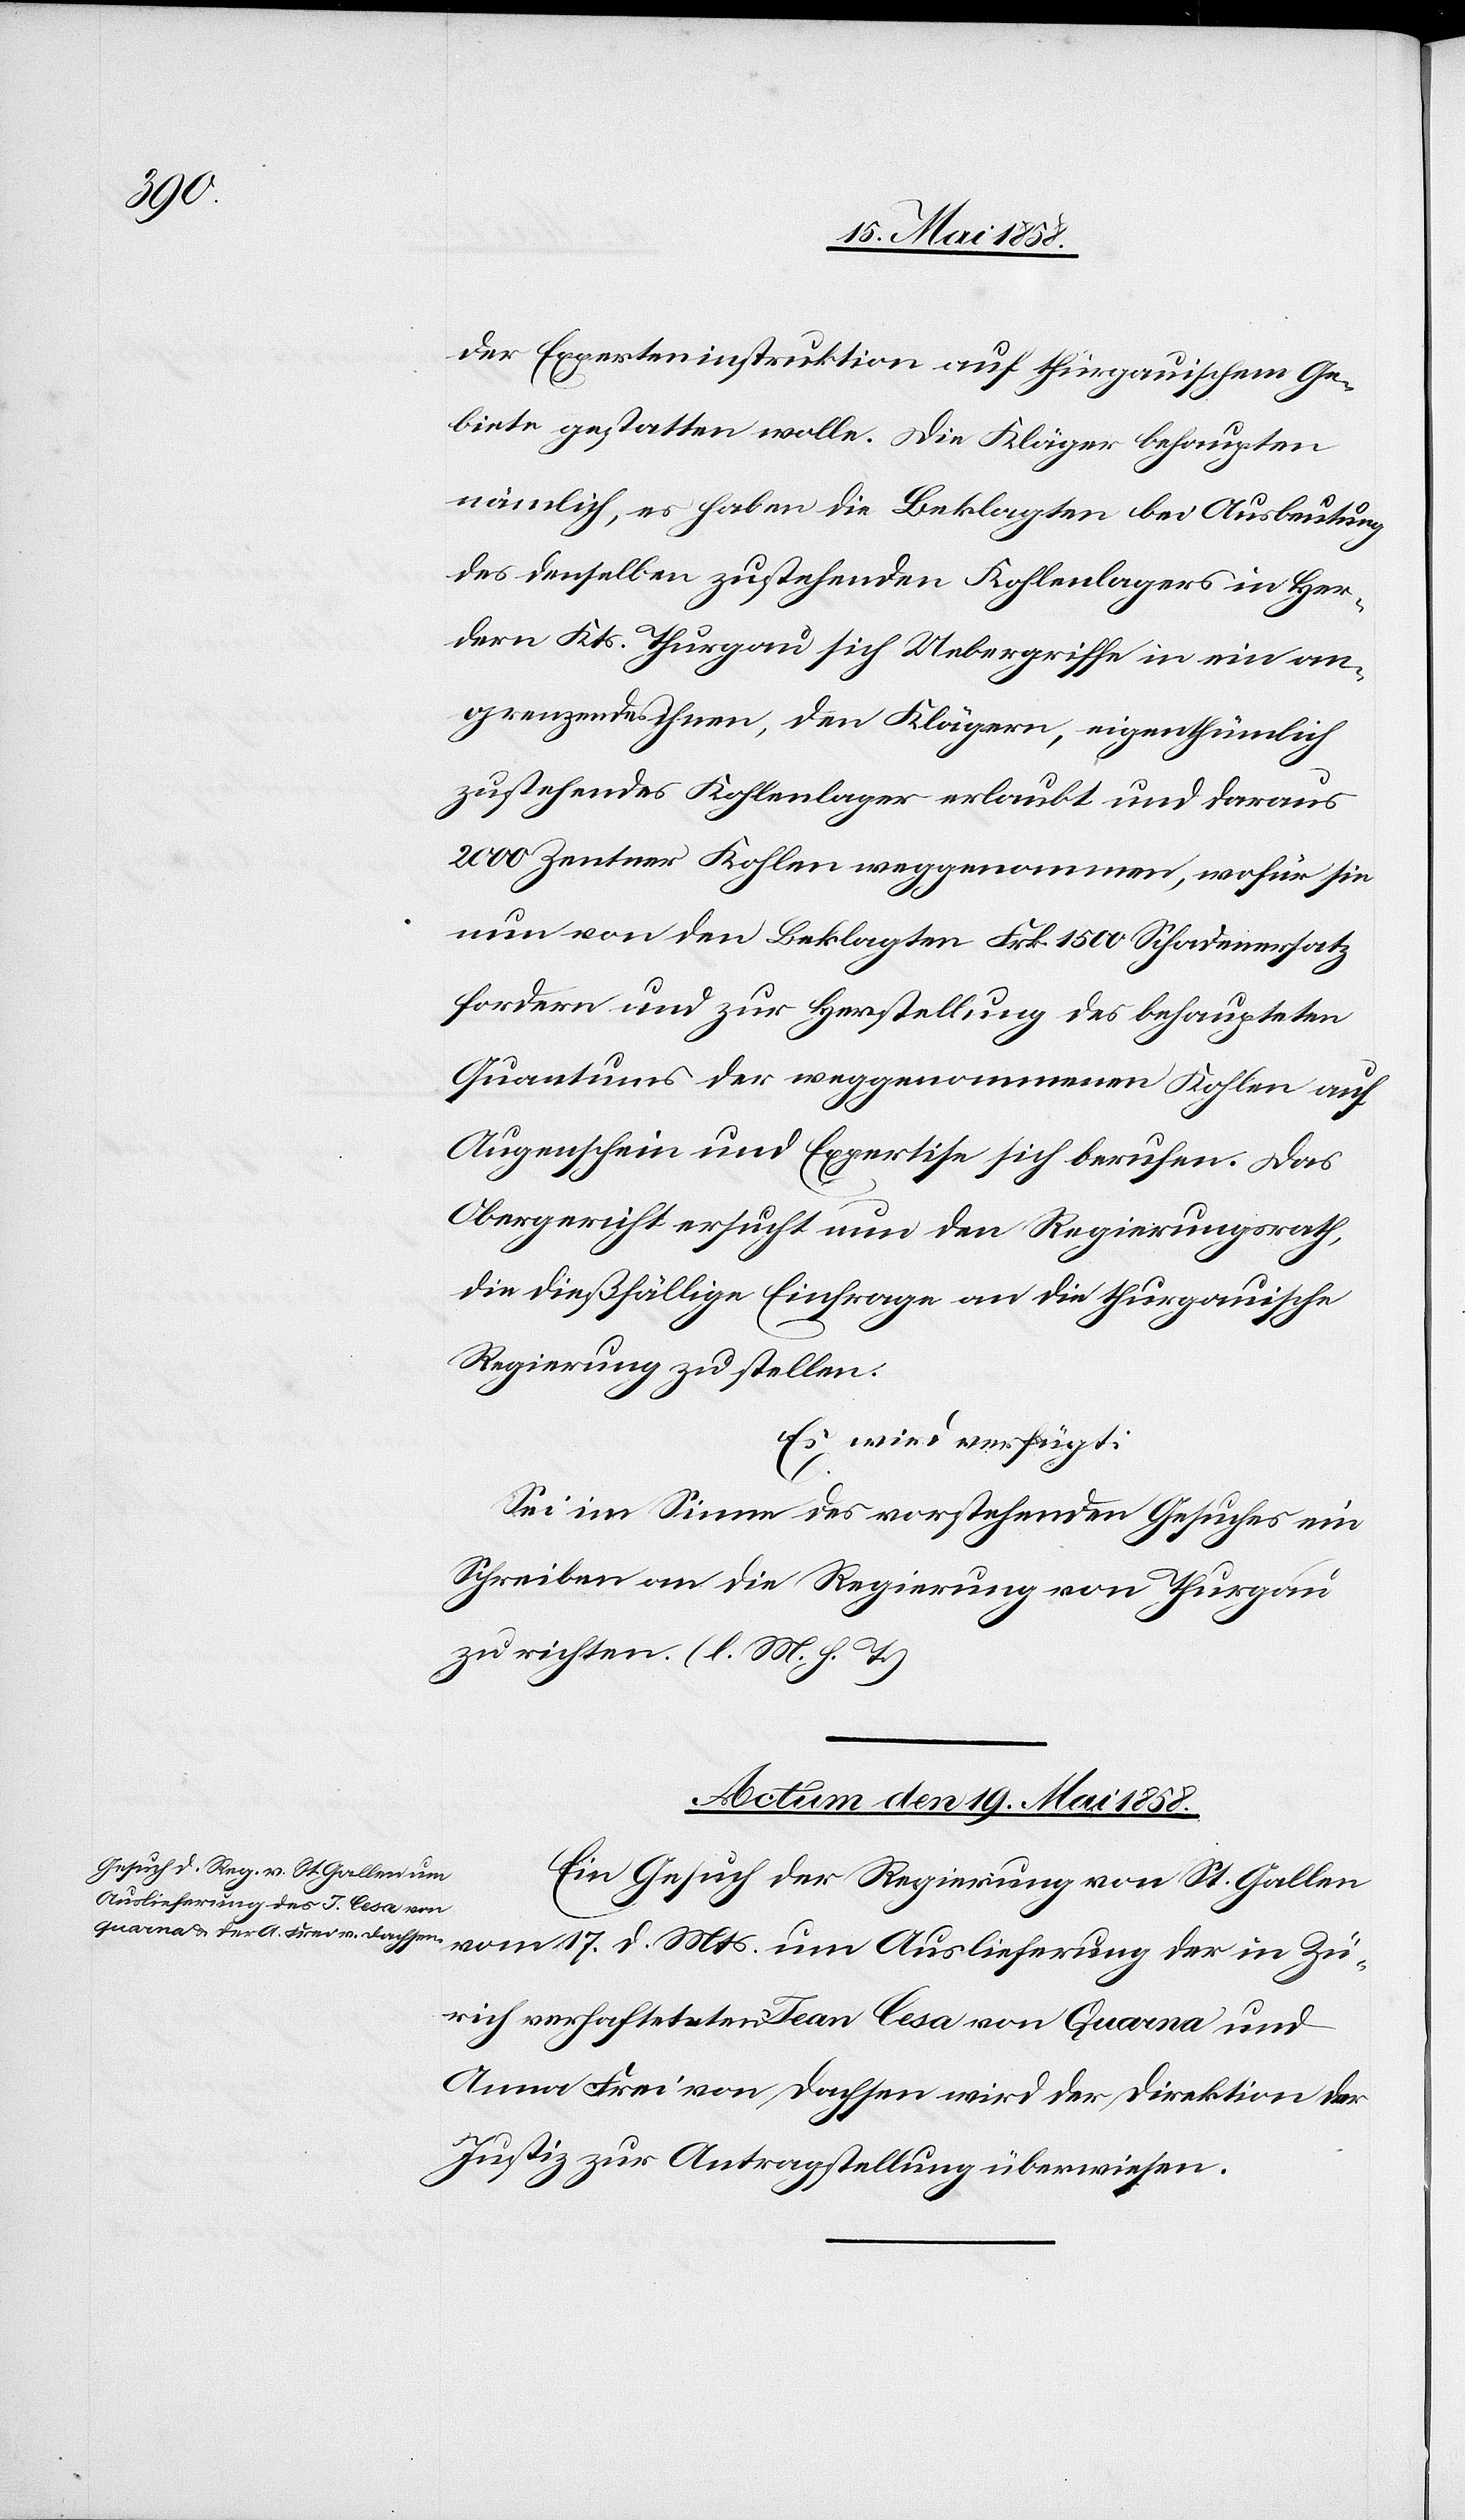
Mts.

der Experteninstruktion auf thurgauischem Ge¬
biete gestatten wolle. Die Kläger behaupten
nämlich, es haben die Beklagten bei Ausbeutung
des denselben zustehenden Kohlenlagers in Her¬
dern Kts. Thurgau sich Uebergriffe in ein an¬
grenzendes ihnen, den Klägern, eigenthümlich
zustehendes Kohlenlager erlaubt und daraus
2000 Zentner Kohlen weggenommen, wofür sie
nun von den Beklagten Frk. 1500 Schadenersatz
fordern und zur Herstellung des behaupteten
Quantums der weggenommenen Kohle auf
Augenschein und Expertise sich berufen. Das
Obergericht ersucht nun den Regierungsrath,
die dießfällige Einfrage an die thurgauische
Regierung zu stellen.
Es wird verfügt
Sei im Sinne des vorstehenden Gesuches ein
Schreiben an die Regierung von Thurgau
zu richten. (l. M. h. T.)
Actum den 19. Mai 1858.
Ein Gesuch der Regierung von St. Gallen
Auslieferung der in Zü¬
rich verhafteten Jean Cesa von Quarna und
Anna Frei von Dachsen wird der Direktion der
Justiz zur Antragstellung überwiesen.